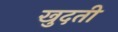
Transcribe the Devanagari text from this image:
खुदती